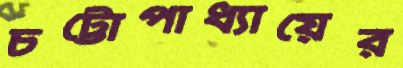
চট্টোপাধ্যায়ের